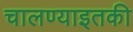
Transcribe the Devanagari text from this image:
चालण्याइतकी